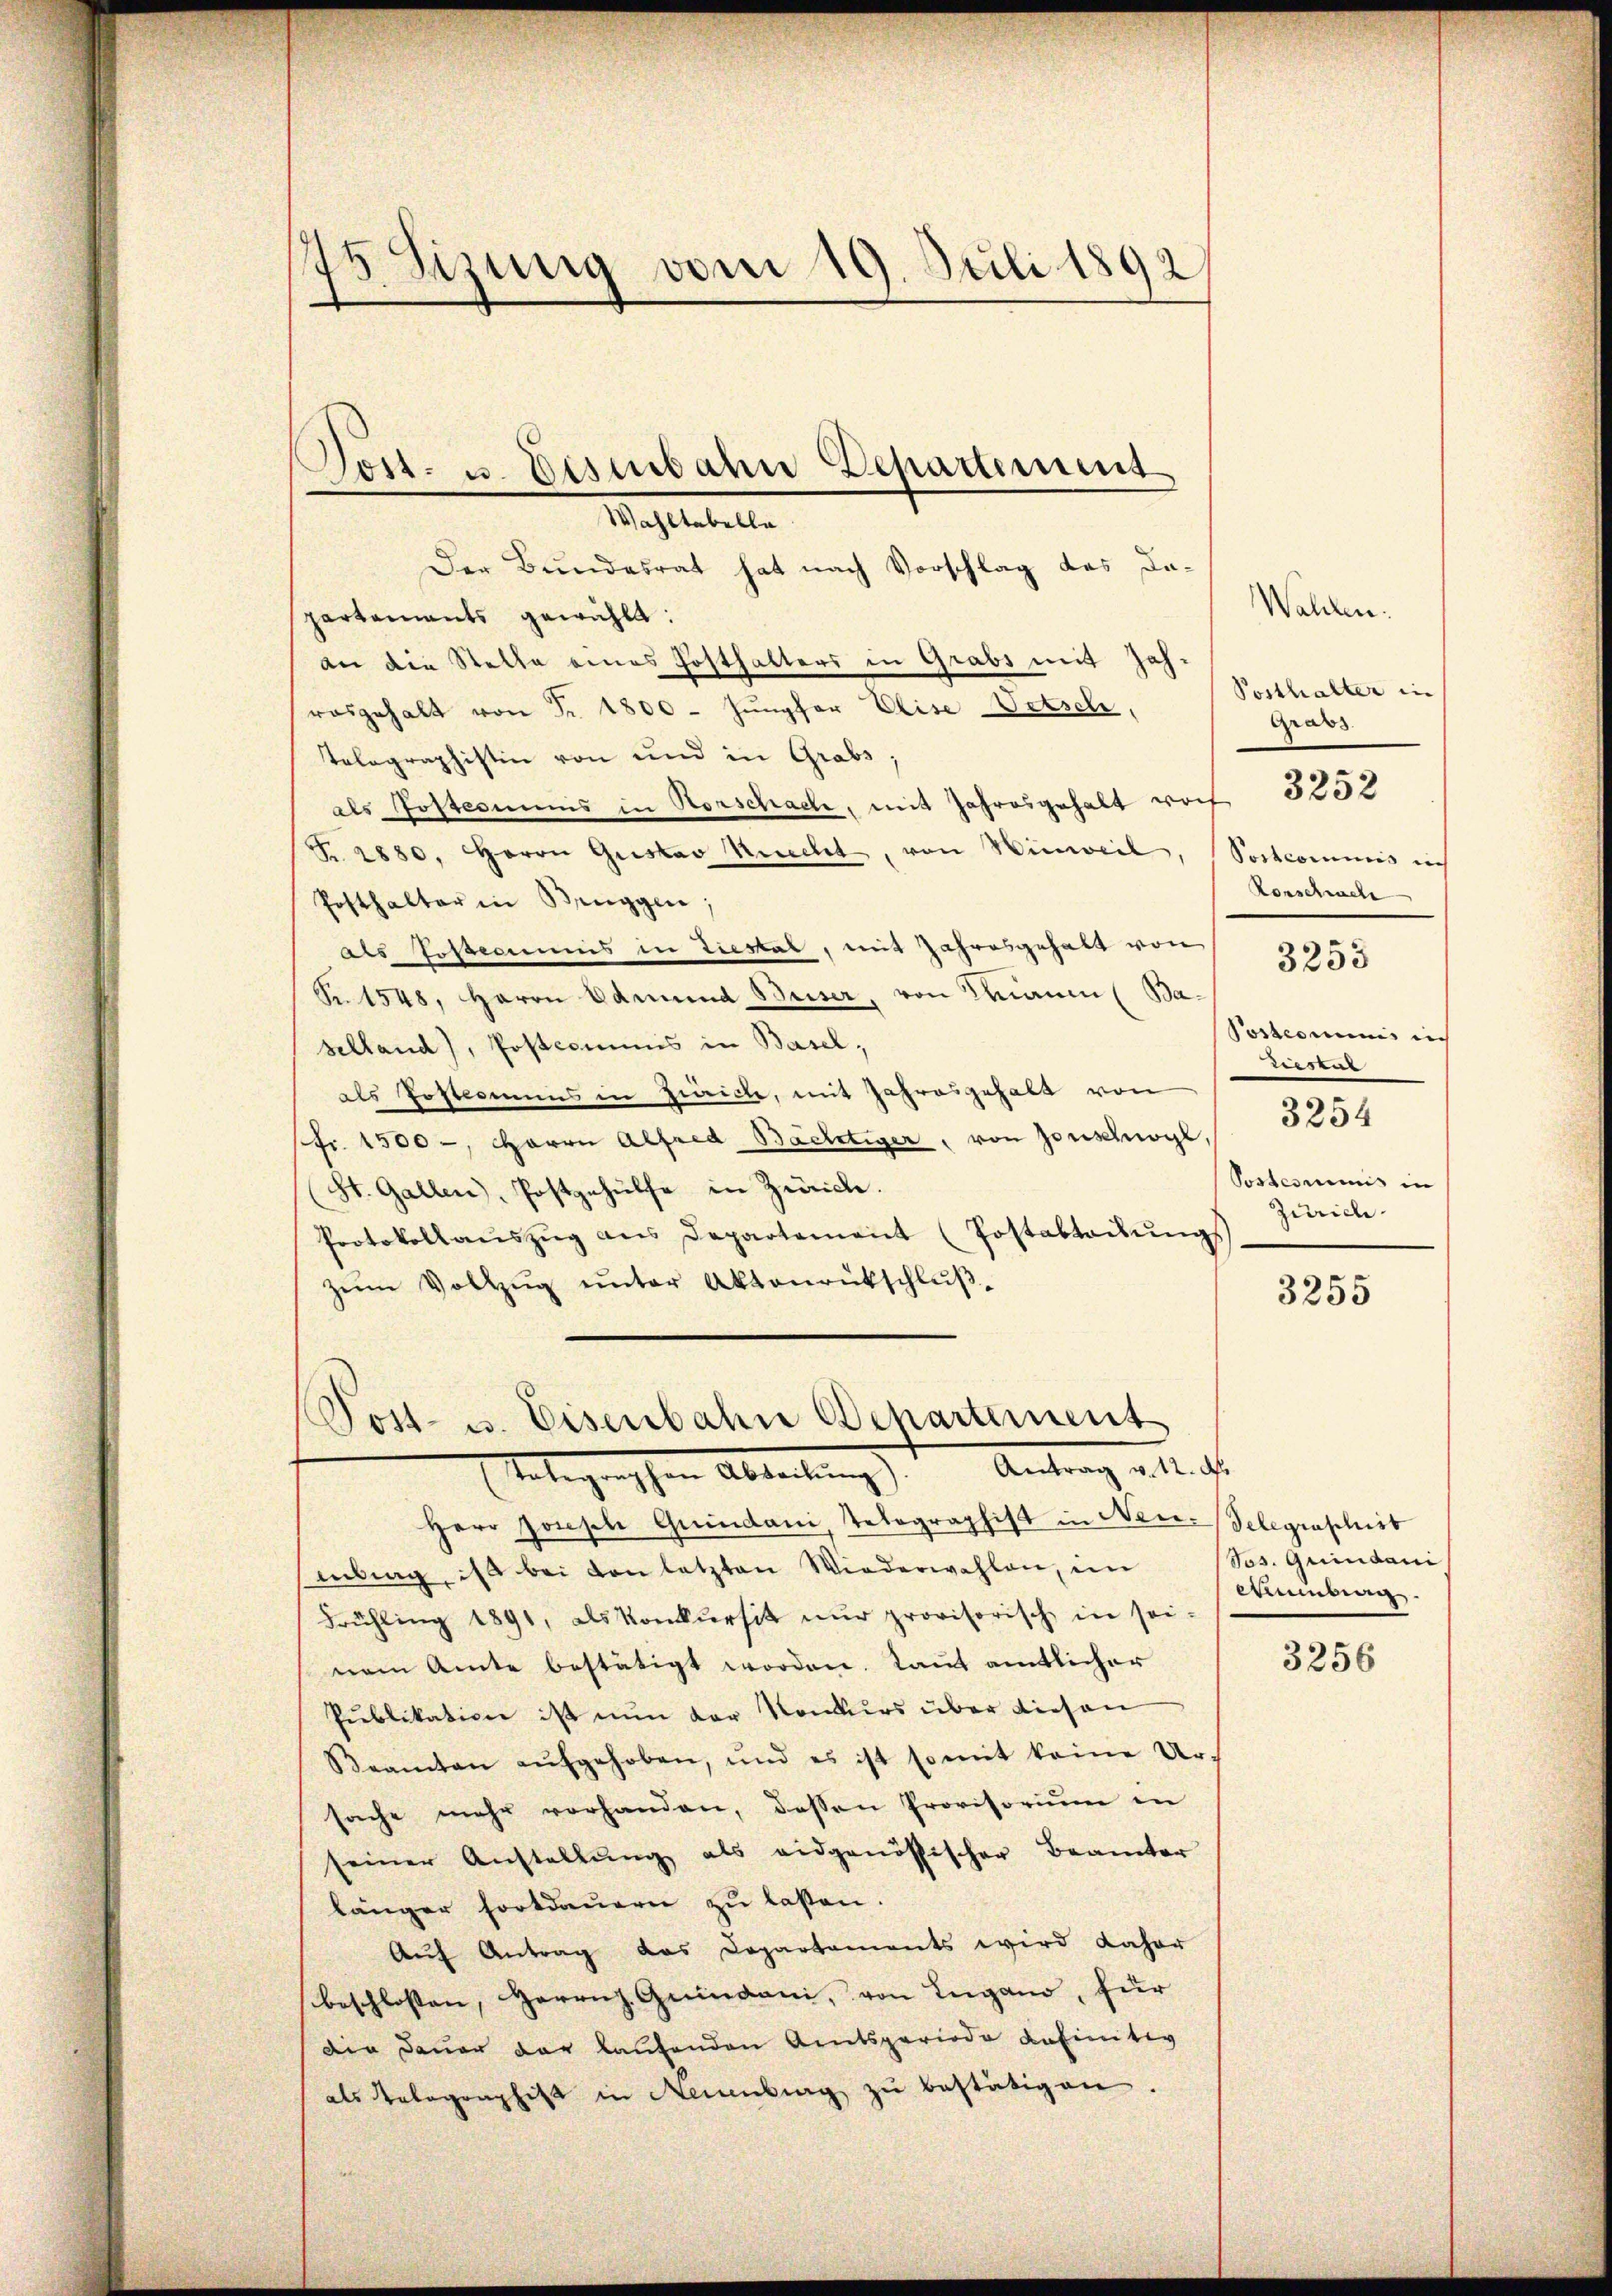
75 Sizung vom 19. Juli 1892/

S
Post- u. Disenbahn Departement

Wahltabella
Der Bundesrat hat nach Vorschlag des Dapartements gewählt:
an die Stelle eines Hofthalters in Grabs mit Jahrosgehalt von Fr. 1800. Jungfer Elise Vetsch,
tolographistin von und in Grabs,
als Postesmis in Vorschach, mit Jahresgehalt noch 5252
Fr. 2880, Herrn Gustav Knecht, von Hinweil, Postcommis is
Posthalter in Bruggen;
als Poscommis in Liestal, mit Jahresgehalt von 3750
Nr. 1548, Herrn Edmund Beiser, von Traum (Ba-
Postcomunis in
selland), Postcommis in Basel,
riestat
als Posteamens in Praiche, mit Jahresgehalt von
3254
Pfr. 1500 -, Herrn Alfred Bächtiger, von Jonschwyl,
Postcommis in
St. Gallen), Postgehülfe in Zürich.
Zürich
Protokollaŭszŭg ans Departement (Postabteilŭngs
zŭm Vollzŭg ŭnter Aktenrütschlŭβ-
3255

Post- u. Eisenbahn Departement
Vaterganischen Abteilung). Antrag u. Nicht

Herr Jonsche Grundani, Telegraphist in Neu-Selegraschirt
enbrag, ist bei von letzten Wiederwahlen, im
Frühling 1891, als Konkŭrsit nŭr provisorisch in sei-
nem Amte bestätigt worden. Laut amtlicher
Publikation ist nun der Konkurs über diesen
Beamten aŭfgehoben, und es ist so mit keine Ur-
sache mehr vorhanden, dessen Provisoriŭm in
seiner Anstellŭng als eidgenössischer Beamter
länger Fortdauern zu lassen.
Auf Antrag das Departements wird daher
beschlossen, Herrn. Gendani, von Lugano, für
Die Dauer der laufenden Amtsperiode definitiv
als Gelegraphist in Neuenburg zŭ bestätigen.

Walden.
Posthalter in
Grabs
Rorschwehr

Jos. Quindaui
Webern

3256